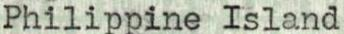
Philippine Island